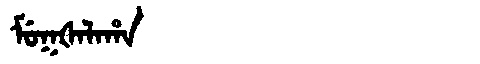
Manchu: ᠮᡠᡴᡧᠠᠯᠠᡥᠠ
Romanization: MUKŠALAHA